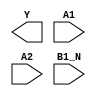
module sky130_fd_sc_hs__o21bai (
    Y   ,
    A1  ,
    A2  ,
    B1_N
);

    output Y   ;
    input  A1  ;
    input  A2  ;
    input  B1_N;

    // Voltage supply signals
    supply1 VPWR;
    supply0 VGND;

endmodule